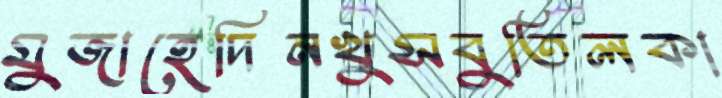
মুজাহেদিনখুসবুতিলকা